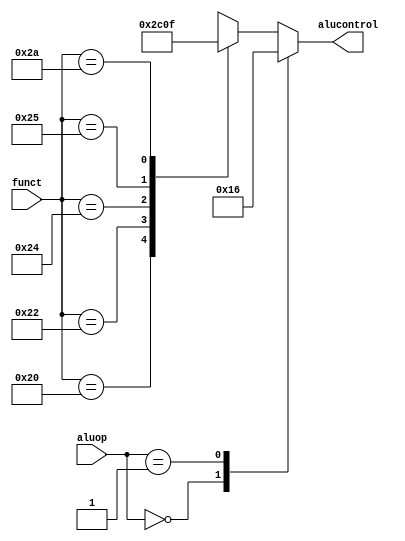
`default_nettype none

module aludec(input wire [5:0] funct,
              input wire [1:0] aluop,
              output reg [2:0] alucontrol);

    always @(*)
        case (aluop)
            2'b00: alucontrol <= 3'b010; //+
            2'b01: alucontrol <= 3'b110; //-
            default: case (funct) //Rtype
                6'b10_0000: alucontrol <= 3'b010; //add
                6'b10_0010: alucontrol <= 3'b110; //sub
                6'b10_0000: alucontrol <= 3'b010; //
                6'b10_0100: alucontrol <= 3'b000; //and
                6'b10_0101: alucontrol <= 3'b001; //or
                6'b10_1010: alucontrol <= 3'b111; //slt: set less than
                default: alucontrol <= 3'bxxx; //???
            endcase
        endcase

endmodule

`default_nettype wire